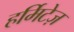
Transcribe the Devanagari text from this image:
हर्मिटेज़